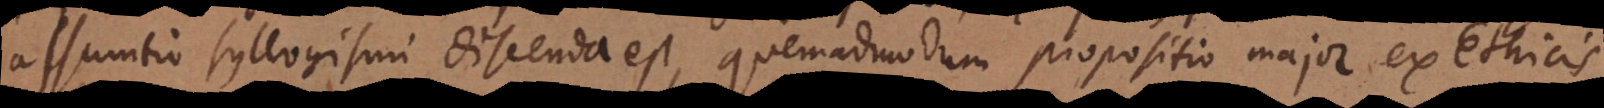
assumtio syllogismi discenda est, quemadmodum propositio major ex Ethicis